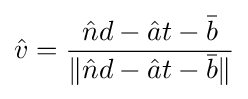
{\hat {v}}={\frac {{\hat {n}}d-{\hat {a}}t-{\bar {b}}}{\lVert {\hat {n}}d-{\hat {a}}t-{\bar {b}}\rVert }}